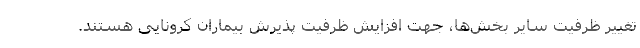
تغییر ظرفیت سایر بخش‌ها، جهت افزایش ظرفیت پذیرش بیماران کرونایی هستند.